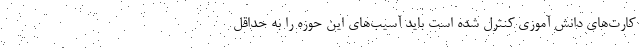
کارت‌های دانش آموزی کنترل شده است باید آسیب‌های این حوزه را به حداقل